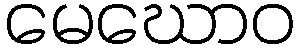
မေဃောဝ